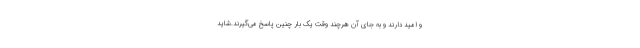
و امید دارند و به جای آن هرچند وقت یک بار چنین پاسخ می‌گیرند.شاید